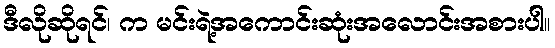
ဒီလိုဆိုရင်၊ က မင်းရဲ့အကောင်းဆုံးအလောင်းအစားပါ။